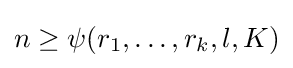
n\geq \psi (r_{1},\ldots ,r_{k},l,K)